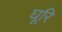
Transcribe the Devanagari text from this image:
घूरि